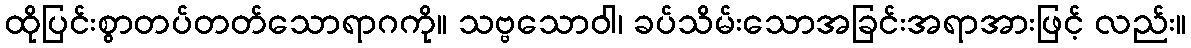
ထိုပြင်းစွာတပ်တတ်သောရာဂကို။ သဗ္ဗသောဝါ၊ ခပ်သိမ်းသောအခြင်းအရာအားဖြင့် လည်း။